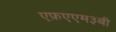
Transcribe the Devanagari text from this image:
एफ़एएम३बी